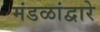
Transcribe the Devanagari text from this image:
मंडळांद्वारे